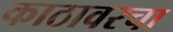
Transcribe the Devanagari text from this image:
काठावरचा